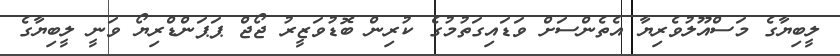
ލީބިޔާގެ މަސްއޫލުވެރިޔާ އެތެންސަށް ވަޑައިގަތުމުގެ ކުރިން ބޮޑުވަޒީރު ޖޯޖް ޕަޕަންޑްރިޔޯ ވަނީ ލީބިޔާގެ